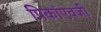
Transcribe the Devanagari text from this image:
पिकांएवजी